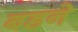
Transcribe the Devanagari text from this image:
बडने